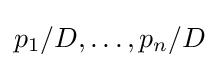
p_{1}/D,\dots ,p_{n}/D